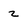
Character: 2